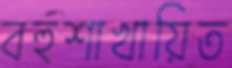
বহুশাখায়িত